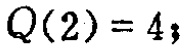
\(Q(2)=4;\)